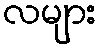
လများ